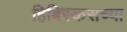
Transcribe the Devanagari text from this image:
हिबिस्कसच्या